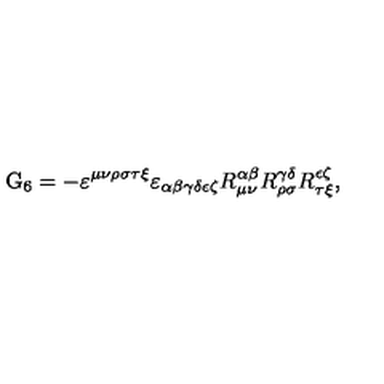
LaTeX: \mathrm { G } _ { 6 } = - \varepsilon ^ { \mu \nu \rho \sigma \tau \xi } \varepsilon _ { \alpha \beta \gamma \delta \epsilon \zeta } R _ { \mu \nu } ^ { \alpha \beta } R _ { \rho \sigma } ^ { \gamma \delta } R _ { \tau \xi } ^ { \epsilon \zeta } ,